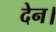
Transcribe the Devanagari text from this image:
देन।